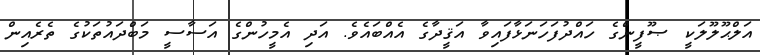
އަލްޙޫލޫލަކީ ޞޫފީންގެ ހައްދުފަހަނަޅާފައިވާ އަޤީދާގެ އެއްބައެވެ. އަދި އެމީހުންގެ އަސާސީ މަބްދައުތަކުގެ ތެރެއިން